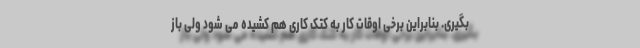
بگیری. بنابراین برخی اوقات کار به کتک کاری هم کشیده می شود ولی باز